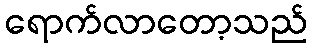
ရောက်လာတော့သည်